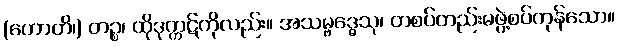
(ဟောတိ၊) တဉ္စ၊ ထိုဒုက္ကဋ်ကိုလည်း။ အသမ္ဗဒ္ဓေသု၊ တစပ်တည်းမဖွဲ့စပ်ကုန်သော။